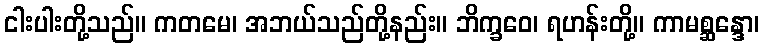
ငါးပါးတို့သည်။ ကတမေ၊ အဘယ်သည်တို့နည်း။ ဘိက္ခဝေ၊ ရဟန်းတို့။ ကာမစ္ဆန္ဒော၊